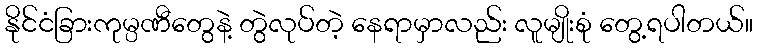
နိုင်ငံခြားကုမ္ပဏီတွေနဲ့ တွဲလုပ်တဲ့ နေရာမှာလည်း လူမျိုးစုံ တွေ့ရပါတယ်။